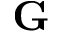
\mathbf { G }